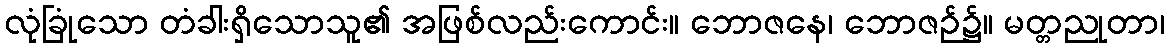
လုံခြုံသော တံခါးရှိသောသူ၏ အဖြစ်လည်းကောင်း။ ဘောဇနေ၊ ဘောဇဉ်၌။ မတ္တညုတာ၊